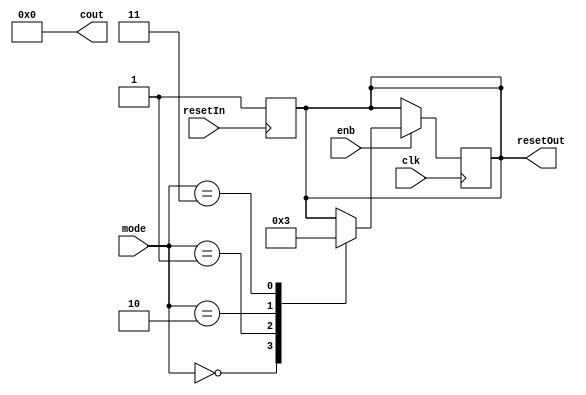
/*
Author: Thomas Greenwood

This used to keep track of the index that is being counted
Therefore it needs 4 modes of counting
when going accross it needs to count up linearly 1,2,3,4...150^2
When going down it needs to count up in 150s ie 1,151,...22351 then 2, 152,302... then 3.. then 150
When going accross it needs to count 1 then 2 ,151 then 3
When going diagonally it needs to count 1 then 2,n+1 then 3,n+2
    * This can be done by having two counting indexes one for rows, one for columns and mulitplication
* also needs to provide a reset to the edgedetection system such that it will reset upon completion of a row
*/

//progress so far - up down and left right are working


module Counter(
    input wire [2:0] mode,
    input wire clk,
    input wire enb,
    input wire resetIn,
    output reg resetOut,
    output reg [14:0] cout //need 15 bits to store 150^2 
);

//these are all the different counting states
localparam LR=2'b00; //reading data left to right
localparam UD =2'b01; //reading data up to down
localparam TTL =2'b10; //reading diagonally
localparam TTR = 2'b11; // reading vertically

reg [7:0] row;//row counter
reg [7:0] col;//column counter
reg [7:0] dcount; // diagonal counter

initial begin
    cout <=0;
    dcount <=1;//diagonal counter for TTL and TTR directions
    row <= 0;//row counter for ttl and ttr
    col <= 0;//column counter for ttl and ttr
end


always@(posedge resetIn) begin
    cout = 0; // reset the count
    resetOut <= 1;
    dcount <=1;//reset diagonal counter
    row <= 0;
    col <= 0;
    resetOut <= 1; //
end
always@(posedge clk) begin
    if (enb) begin
        case(mode) 
            LR: begin // reading from left to right is ez 
                cout <=cout+1;
                if((cout%150 == 0)&&(cout > 0)) begin
                    resetOut <=1; // we have reached the end of the line time to reset the edge detector
                end
                else begin
                    resetOut <=0; // we are still in the same line keep going
                end
            end
            UD: begin //counting down the array
                if(cout < 22350) begin
                    cout <= cout +150; // counting down the columns of the matrix is equivalent to counting up by 150 in 1D array
                    resetOut<=0;
                end
                else begin //end condition
                    cout <= cout - 22349; // clever way to go from the end of the column to the next column
                    resetOut <=1; // reset the edge detector as it is starting a new row
                end
            end
            TTL: begin//this code is a bit made up from the matlab preprocessing of ttl and ttr
                        //part of me wonders if this even makes sense
                if (dcount <= 150) begin //precess to center line
                    row <= dcount - 1; // row is zero indexed whereas dcount is from 1
                    col <= 0;
                    dcount <= dcount + 1;
                end else 
                if (dcount <= 300) begin //processes after centre
                    row <= 149;
                    col <= dcount - 151;
                    dcount <= dcount + 1;
                end
                cout <= row * 150 + col;
                if (row > 0 && col < 149) begin
                    row <= row - 1;
                    col <= col + 1;
                    resetOut <= 0;
                end else begin
                    resetOut <= 1;
                end
            end
            TTR: begin
                    if (dcount <= 150) begin //precess to center line
                    row <= dcount - 1;
                    col <= 149;
                    dcount <= dcount + 1;
                end else if (dcount <= 300) begin//processes after centre
                    row <= 149;
                    col <= 299 - dcount;
                    dcount <= dcount + 1;
                end
                cout <= row * 150 + col;
                if (row > 0 && col > 0) begin
                    row <= row - 1;
                    col <= col - 1;
                    resetOut <= 0;
                end 
                else begin
                    resetOut <= 1;
                end
                
            end
            /*
            TTL: begin//this code is a bit made up from the matlab preprocessing of ttl and ttr
                        //part of me wonders if this even makes sense
                if (dcount <= 150) begin //precess to center line
                    row <= dcount - 1; // row is zero indexed whereas dcount is from 1
                    col <= 0;
                    dcount <= dcount + 1;
                end else 
                if (dcount <= 300) begin //processes after centre
                    row <= 149;
                    col <= dcount - 151;
                    dcount <= dcount + 1;
                end
                cout <= row * 150 + col;
                if (row > 0 && col < 149) begin
                    row <= row - 1;
                    col <= col + 1;
                    resetOut <= 0;
                end else begin
                    resetOut <= 1;
                end
            end*/
            /*
            TTR: begin
                    if (dcount <= 150) begin //precess to center line
                        row <= dcount - 1;
                        col <= 149;
                        dcount <= dcount + 1;
                    end 
                    else if (dcount <= 300) begin//processes after centre
                        row <= 149;
                        col <= 299 - dcount;
                        dcount <= dcount + 1;
                    end
                    cout <= row * 150 + col;
                    if (row > 0 && col > 0) begin
                        row <= row - 1;
                        col <= col - 1;
                        resetOut <= 0;
                    end 
                    else begin
                        resetOut <= 1;
                    end
                end
            end*/
        endcase
    end
    else begin
        cout <=0;
    end
end

endmodule